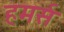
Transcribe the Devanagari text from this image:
हमर्स